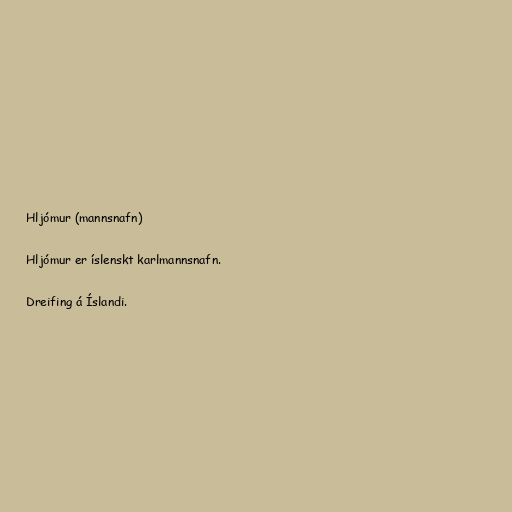
Hljómur (mannsnafn)

Hljómur er íslenskt karlmannsnafn.

Dreifing á Íslandi.